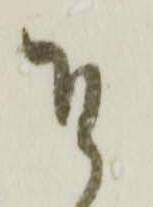
そ